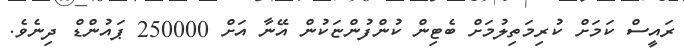
ރައީސް ކަމަށް ކުރިމަތިލުމަށް ބެޓިން ކުންފުންޏަކުން އޭނާ އަށް 250000 ޕައުންޑް ދިނެވެ.